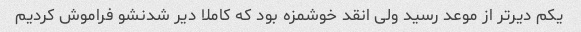
یکم دیرتر از موعد رسید ولی انقد خوشمزه بود که کاملا دیر شدنشو فراموش کردیم